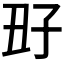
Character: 𡥆